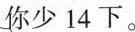
你少14下。